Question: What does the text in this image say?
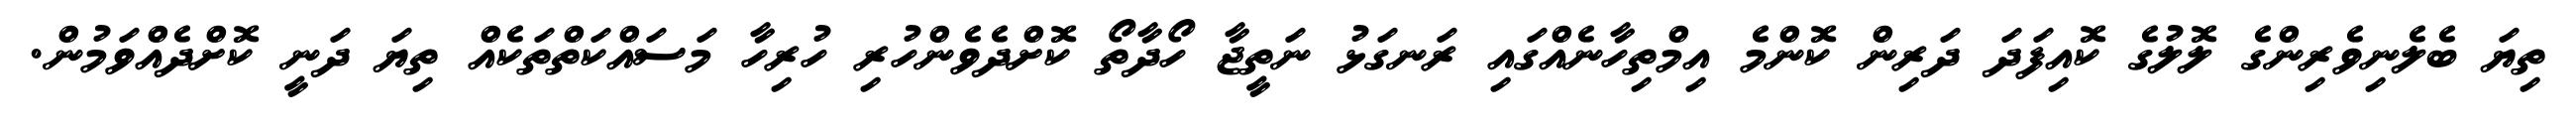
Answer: ތިޔަ ބެލެނިވެރިންގެ ލޮލުގެ ކޮއިފަދަ ދަރިން ކޮންމެ އިމްތިހާނެއްގައި ރަނގަޅު ނަތީޖާ ހޯދާތޯ ކޮށްދެވެންހުރި ހުރިހާ މަސައްކަތްތަކެއް ތިޔަ ދަނީ ކޮށްދެއްވަމުން.